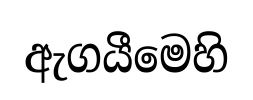
ඇගයීමෙහි